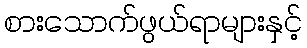
စားသောက်ဖွယ်ရာများနှင့်